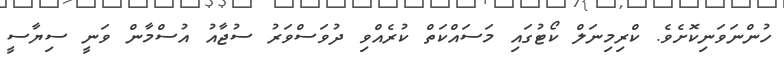
ހުންނަވަނިކޮށެވެ. ކްރިމިނަލް ކޯޓުގައި މަސައްކަތް ކުރެއްވި ދުވަސްވަރު ސުޖާއު އުސްމާން ވަނީ ސިޔާސީ